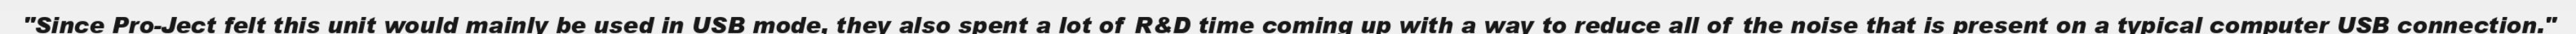
"Since Pro-Ject felt this unit would mainly be used in USB mode, they also spent a lot of R&D time coming up with a way to reduce all of the noise that is present on a typical computer USB connection."